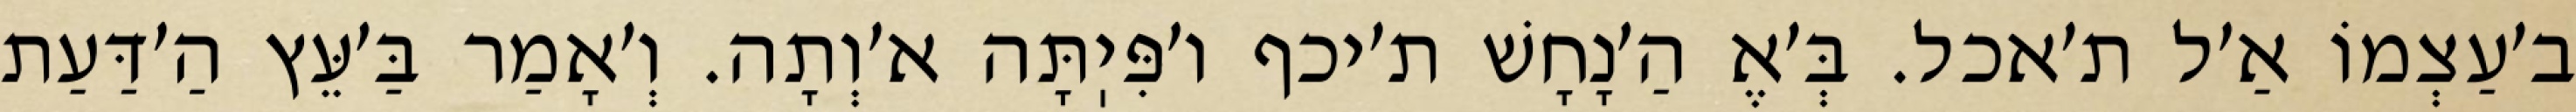
ב׳עַצְמוֹ אַ׳ל ת׳אכל. בְּ׳אֶ הַ׳נָחָשׁ ת׳יכף ו׳פִּיֽתָּה א׳וְתָה. וְ׳אָמַר בַּ׳עֵּץ הַ׳דַּעַת